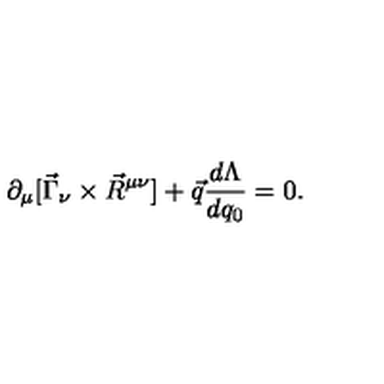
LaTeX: \partial _ { \mu } [ \vec { \Gamma } _ { \nu } \times \vec { R } ^ { \mu \nu } ] + \vec { q } \frac { d \Lambda } { d q _ { 0 } } = 0 .